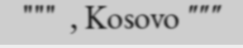
"""  , Kosovo """